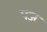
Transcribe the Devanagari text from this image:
पज